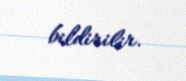
bildirilir.